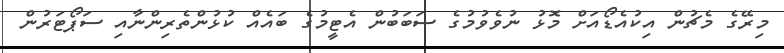
މިރޭގެ މެޗުން އިކުއެޑޯއަށް މޮޅު ނުވެވުމުގެ ސަބަބުން އެޓީމުގެ ބައެއް ކުޅުންތެރިންނާއި ސަޕޯޓަރުން